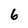
Character: 6